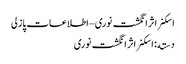
اسکنر اثر انگشت نوری – اطلاعات پازلی
دسته: اسکنر اثر انگشت نوری